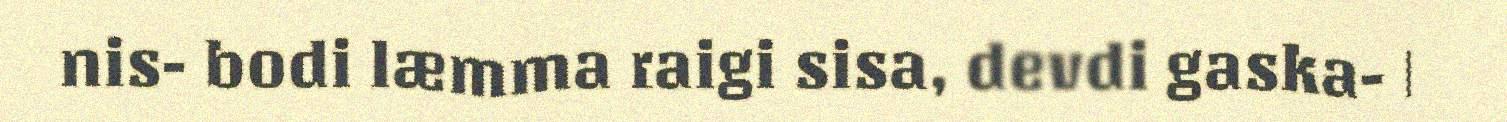
nis- bodi læmma raigi sisa, devdi gaska- |